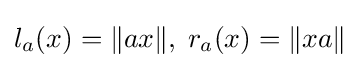
l_{a}(x)=\|ax\|,\;r_{a}(x)=\|xa\|